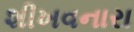
શીખવનારા